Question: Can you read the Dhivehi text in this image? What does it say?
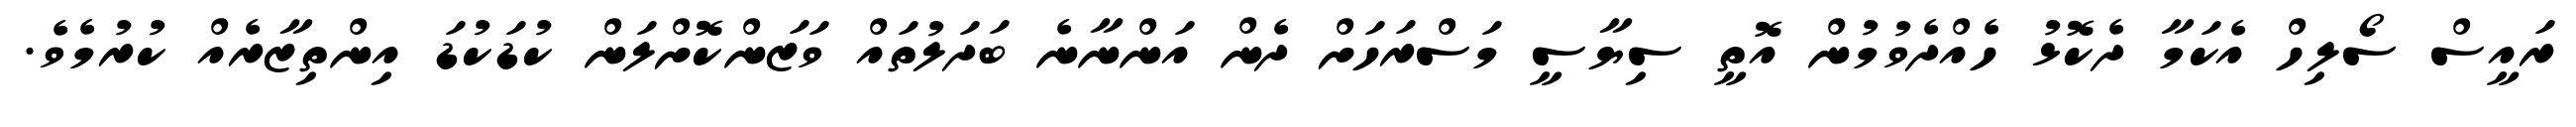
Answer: ރައީސް ސޯލިހް އެކަމާ ދެކޮޅު ހެއްދެވުމުން އޮތީ ސިޔާސީ މަސްރަހަށް ދެން އަންނާނެ ބަދަލުތައް ވަޒަންކޮށްލަން ކުޑަކުޑަ އިންތިޒާރެއް ކުރުމެވެ.